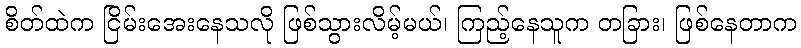
စိတ်ထဲက ငြိမ်းအေးနေသလို ဖြစ်သွားလိမ့်မယ်၊ ကြည့်နေသူက တခြား၊ ဖြစ်နေတာက